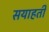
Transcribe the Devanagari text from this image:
सयाहती